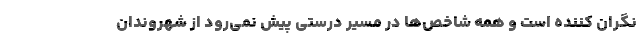
نگران‌ کننده است و همه شاخص‌ها در مسیر درستی پیش نمی‌رود از شهروندان